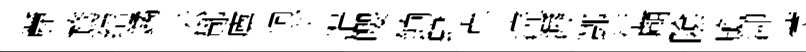
䴡鶩绍鐍云鄼廪迥刊涓嚶餉肆卓浣溽酆衍廟隂贍泖蓂